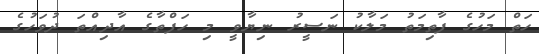
ހަތް މަހުގެ ފާތިމަތު މަލާކު ނަސީރު ނިޔާވީ މި ހަފްތާގެ އާދިއްތަ ދުވަހުގެ